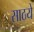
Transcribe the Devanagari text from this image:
साठये